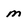
Character: m